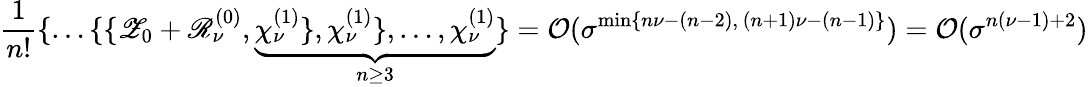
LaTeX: \frac{1}{n!}\{ \ldots\{ \{ \mathscr{Z}_{0}+\mathscr{R}_{\nu}^{(0)},\underbrace{\chi_{\nu}^{(1)}\} ,\chi_{\nu}^{(1)}\} ,\ldots,\chi_{\nu}^{(1)}}_{n\ge 3}\} =\mathcal{O}(\sigma^{\operatorname*{min}\{ n\nu-(n-2),\, (n+1)\nu-(n-1)\} })=\mathcal{O}(\sigma^{n(\nu-1)+2})